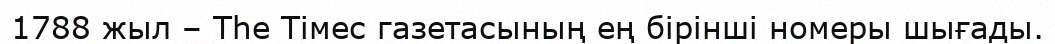
1788 жыл – Тһе Тімес газетасының ең бірінші номеры шығады.